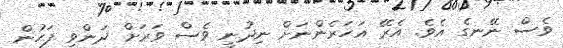
ވެސް ނޭނގެ އެވެ. އެރޭ އަހަރެންނަށް ނިދުނީ ވެސް ވަރަށް ދަންވި ފަހުން